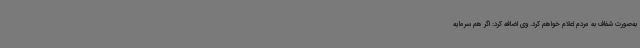
به‌صورت شفاف به مردم اعلام خواهم کرد. وی اضافه کرد: اگر هم سرمایه